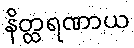
နိတ္ထရဏာယ